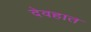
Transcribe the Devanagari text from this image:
देवहात